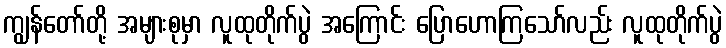
ကျွန်တော်တို့ အများစုမှာ လူထုတိုက်ပွဲ အကြောင်း ပြောဟောကြသော်လည်း လူထုတိုက်ပွဲ